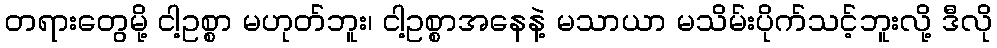
တရားတွေမို့ ငါ့ဥစ္စာ မဟုတ်ဘူး၊ ငါ့ဥစ္စာအနေနဲ့ မသာယာ မသိမ်းပိုက်သင့်ဘူးလို့ ဒီလို